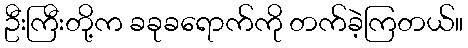
ဦးကြီးတို့က ခခုခရောက်ကို တက်ခဲ့ကြတယ်။